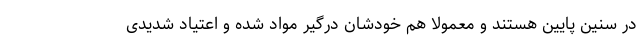
در سنین پایین هستند و معمولا هم خودشان درگیر مواد شده و اعتیاد شدیدی